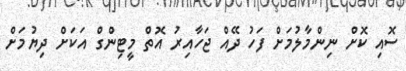
ސޮއި ކޮށް ނިންމާލުމަށް ފަހު ދޭއް ޖަހާއިރު އޮތް މީޓިންގް އަކަށް ދިޔުމަށް